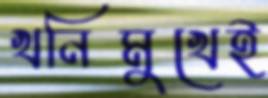
খনিমুখেই